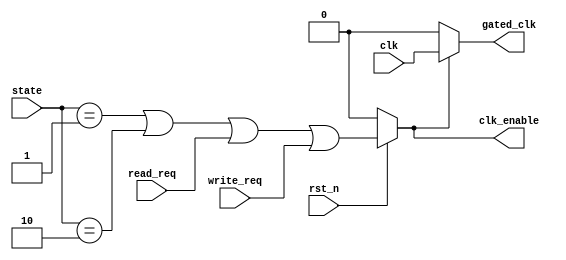
module dynamic_clock_gating (
    input wire clk,              // Original clock signal
    input wire rst_n,            // Active low reset
    input wire read_req,         // Read request signal
    input wire write_req,        // Write request signal
    input wire [1:0] state,      // Operational state (00: idle, 01: read, 10: write)
    output wire gated_clk,       // Gated clock signal
    output wire clk_enable       // Clock enable signal for debugging
);

// Clock Gating Control Logic
reg gating_signal;

// Generate gating signal based on operational state and requests
always @(*) begin
    if (rst_n == 1'b0) begin
        gating_signal = 1'b0; // Disable clock during reset
    end else begin
        // Enable clock if in read or write state
        gating_signal = (state == 2'b01 || state == 2'b10 || read_req || write_req);
    end
end

// Clock Gating Cell
assign gated_clk = gating_signal ? clk : 1'b0; // Gated clock output
assign clk_enable = gating_signal; // For debugging purposes

endmodule